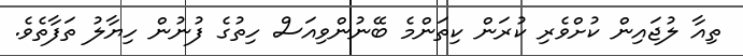
ތިއާ ލުޖައިން ކުށްވެރި ކުރަން ކިތަންމެ ބޭނުންވިއަސް ހިތުގެ ފުނުން ހިޔާލު ތަފާތެވެ.